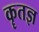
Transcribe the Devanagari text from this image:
कॄतज्ञ